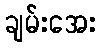
ချမ်းအေး